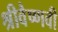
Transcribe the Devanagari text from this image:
श्रीवैष्णवी